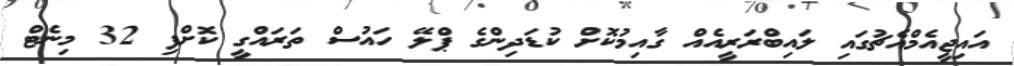
އައިޖީއެމްއެޗުގައި ލައިބްރަރީއެއް ގާއިމުކޮށް ކުޑަދިންގެ ޕްލޭ ހައުސް ތަރައްގީ ކޮށްފި 32 މިނެޓް